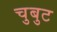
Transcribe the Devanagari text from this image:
चुबुट